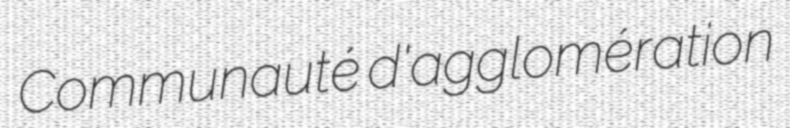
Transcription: Communauté d'agglomération